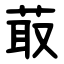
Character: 菆